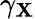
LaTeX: \gamma_{\mathbf{X}}